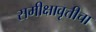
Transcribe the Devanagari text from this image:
समीक्षावृत्तीचा